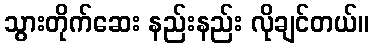
သွားတိုက်ဆေး နည်းနည်း လိုချင်တယ်။